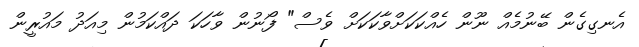
އެނގިގެން ބޭނުމެއް ނޫން ހެއްކަކަށްވާކަކަށް ވެސް" ފޯނުން ވާހަކަ ދައްކަމުން މިއަދު މައުރީން